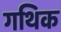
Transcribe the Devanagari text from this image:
गथिक